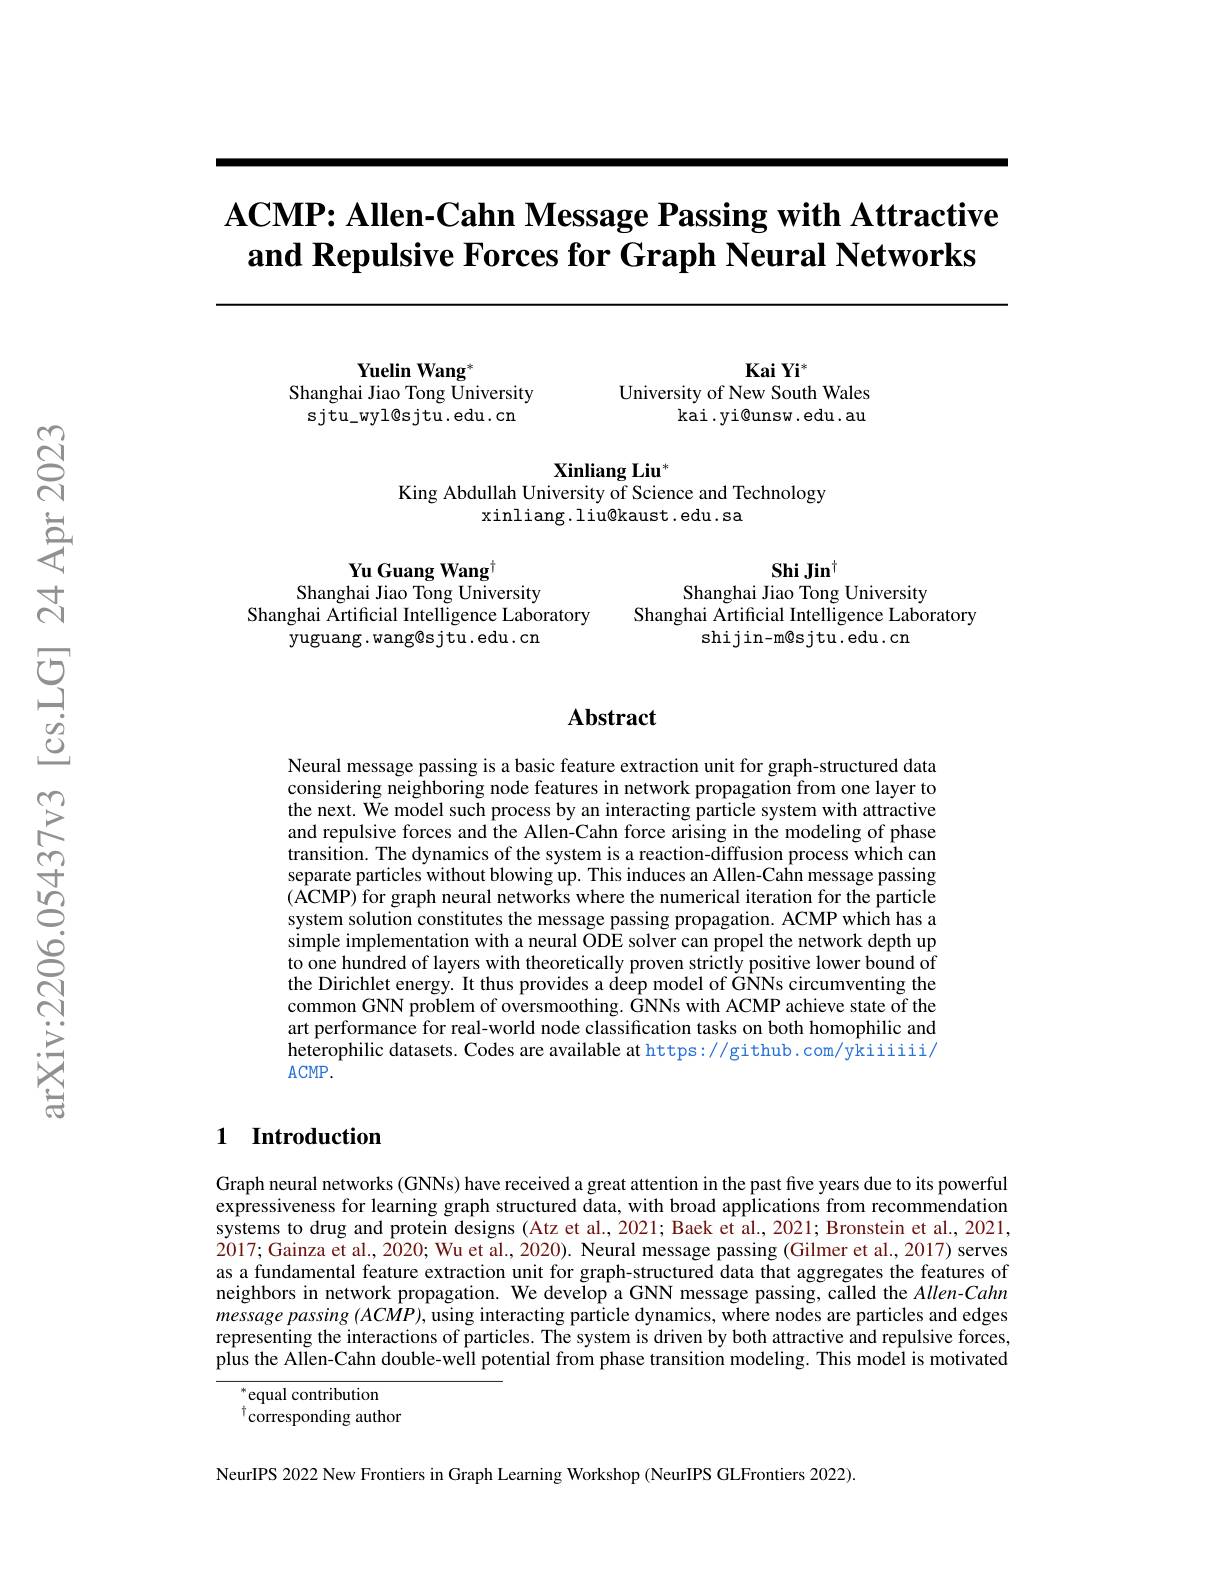
# $\textbf{ACMP: Allen- Cahn Message Passing with Attractive}$ and Repulsive Forces for Graph Neural Networks

$KaiYi^*$
University of New South Wales
kai$\cdot$yi@unsw.edu.au

Yuelin Wang$^{*}$
Shanghai Jiao Tong University sjtu\_wyl@sjtu.edu.cn

Xinliang Liu
King Abdullah University of Science and Technology
xinliang.liu@kaust.edu.sa

$ShiJin^{\dagger}$
Shanghai Jiao Tong University

Yu Guang Wang$^{\mathrm{t}}$
Shanghai Jiao Tong University

Shanghai Artificial Intelligence Laboratory
yuguang. wang@s jtu . edu . cn

Shanghai Artificial Intelligence Laboratory
$\operatorname{shij}$in-m$\otimes$s j$\operatorname{tu}.$edu.cn

### $\mathbf{Abstract}$

Neural message passing is a basic feature extraction unit for graph-structured data considering neighboring node features in network propagation from one layer to the next. We model such process by an interacting particle system with attractive and repulsive forces and the Allen-Cahn force arising in the modeling of phase transition. The dynamics of the system is a reaction-diffusion process which can separate particles without blowing up. This induces an Allen-Cahn message passing (ACMP) for graph neural networks where the numerical iteration for the particle system solution constitutes the message passing propagation. ACMP which has a simple implementation with a neural ODE solver can propel the network depth up to one hundred of layers with theoretically proven strictly positive lower bound of the Dirichlet energy. It thus provides a deep model of GNNs circumventing the common GNN problem of oversmoothing. GNNs with ACMP achieve state of the art performance for real-world node classification tasks on both homophilic and heterophilic datasets. Codes are available at https://github.com/ykiiiiii/ ACMP.

## 1 Introduction

Graph neural networks (GNNs) have received a great attention in the past five years due to its powerful expressiveness for learning graph structured data, with broad applications from recommendation systems to drug and protein designs (Atz et al.2021; Baek et al., 2021; Bronstein et al., 2021, $\dot{2017};\ddot{\text{Gainza et al., 2020; Wu et al., 2020). Neural message passing (Gilmer et al., 2017) }}$serves as a fundamental feature extraction unit for graph-structured data that aggregates the features of neighbors in network propagation. We develop a GNN message passing, called the Allen-Cahn message passing $(ACMP)$, using interacting particle dynamics, where nodes are particles and edges representing the interactions of particles. The system is driven by both attractive and repulsive forces, plus the Allen-Cahn double-well potential from phase transition modeling. This model is motivated
$^*$equal contribution

$^{\dagger}$corresponding author

NeurIPS 2022 New Frontiers in Graph Learning Workshop (NeurIPS GLFrontiers 2022).